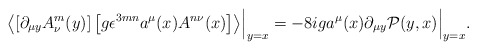
\begin{align*}\left\langle \left[ \partial_{\mu y} A^m_\nu (y) \right] \left[ g \epsilon^{3mn} a^\mu (x) A^{n \nu}(x) \right] \right\rangle \Bigr |_{y=x} = - 8 i g a^\mu(x) \partial_{\mu y} \mathcal P (y,x) \Bigr |_{y=x} .\end{align*}